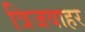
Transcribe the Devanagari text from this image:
त्रिजवाहर